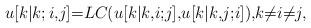
LaTeX: \begin{align*}u[k|k;i{,}j]{=}LC(u[k|k{,}i{;}j]{,}u[k|k{,}j{;}i]){,}k{\neq}i{\neq}j,\end{align*}